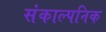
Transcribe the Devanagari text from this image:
संकाल्पनिक